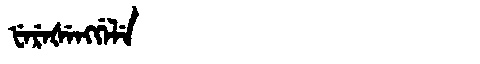
Manchu: ᡶᡝᡵᡝᡧᡝᠩᡤᡝᠯᡝ
Romanization: FEREŠENGGELE